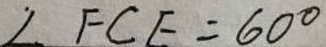
\angle F C E = 6 0 ^ { \circ }